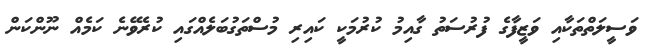
ވަސީލަތްތަކާއި ވަޒީފާގެ ފުރުސަތު ގާއިމު ކުރުމަކީ ކައިރި މުސްތަގުބަލެއްގައި ކުރެވޭނެ ކަމެއް ނޫންކަން